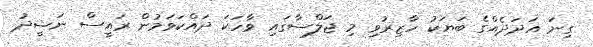
ގިނަ އަދަދެއްގެ ބަޔަކު ހާޒިރުވި މި ޖަލްސާގައި ވާހަކަ ދައްކަވަމުން ރައީސް ނަޝީދު